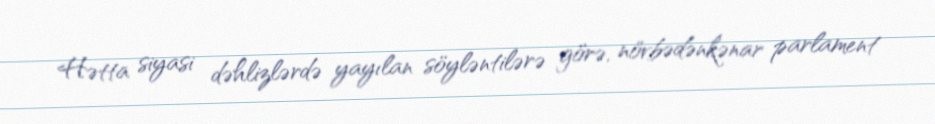
Hətta siyasi dəhlizlərdə yayılan söyləntilərə görə, növbədənkənar parlament